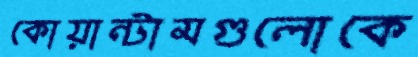
কোয়ান্টামগুলোকে